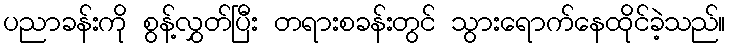
ပညာခန်းကို စွန့်လွှတ်ပြီး တရားစခန်းတွင် သွားရောက်နေထိုင်ခဲ့သည်။